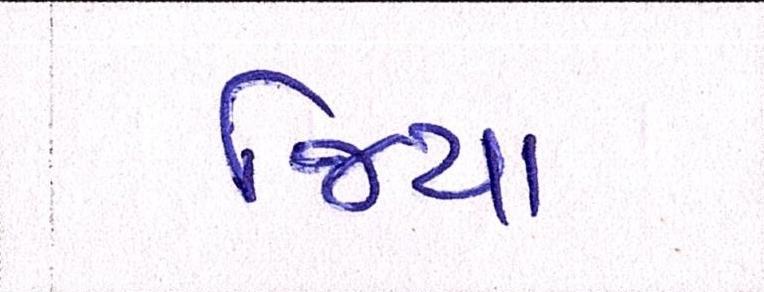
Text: જિયા